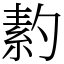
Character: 䋤